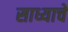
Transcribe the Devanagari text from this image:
साध्याचे